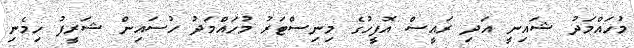
މުހައްމަދު ޝައިނީ އަދި ރައީސް އޮފީހުގެ މިނިސްޓަރު މުހައްމަދު ހުސައިން ޝަރީފު ހިމެނި